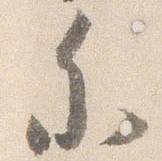
参